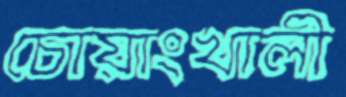
চোয়াংখালী